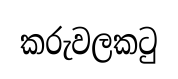
කරුවලකටු